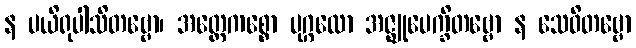
န ပယိရုပါသိတဗ္ဗော၊ အတ္ထေကစ္စော ပုဂ္ဂလော အဇ္ဈုပေက္ခိတဗ္ဗော န သေဝိတဗ္ဗော